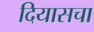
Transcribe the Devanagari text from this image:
दियासचा